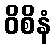
ဝိစိနံ